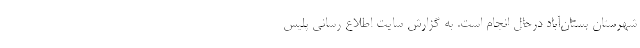
شهرستان بستان‌آباد درحال انجام است. به گزارش سایت اطلاع رسانی پلیس